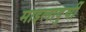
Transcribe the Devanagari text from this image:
माइलादुर्यी